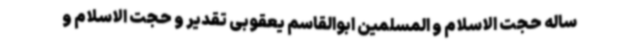
ساله حجت الاسلام و المسلمین ابوالقاسم یعقوبی تقدیر و حجت الاسلام و